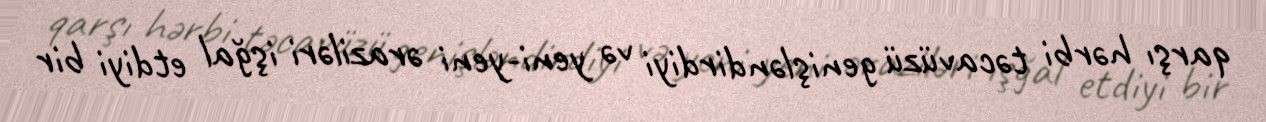
qarşı hərbi təcavüzü genişləndirdiyi və yeni-yeni əraziləri işğal etdiyi bir